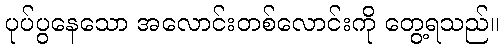
ပုပ်ပွနေသော အလောင်းတစ်လောင်းကို တွေ့ရသည်။